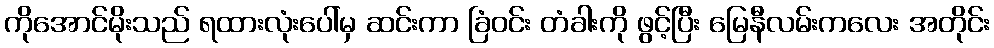
ကိုအောင်မိုးသည် ရထားလုံးပေါ်မှ ဆင်းကာ ခြံဝင်း တံခါးကို ဖွင့်ပြီး မြေနီလမ်းကလေး အတိုင်း